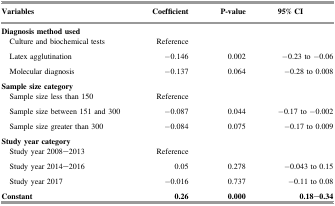
| Variables | Coefficient | P-value | 95% CI |
 | --- | --- | --- | --- |
 | <COLSPAN=4> Diagnosis method used |
 | Culture and biochemical tests | Reference |  |  |
 | Latex agglutination | −0.146 | 0.002 | −0.23 to −0.06 |
 | Molecular diagnosis | −0.137 | 0.064 | −0.28 to 0.008 |
 | <COLSPAN=4> Sample size category |
 | Sample size less than 150 | Reference |  |  |
 | Sample size between 151 and 300 | −0.087 | 0.044 | −0.17 to −0.002 |
 | Sample size greater than 300 | −0.084 | 0.075 | −0.17 to 0.009 |
 | <COLSPAN=4> Study year category |
 | Study year 2008–2013 | Reference |  |  |
 | Study year 2014–2016 | 0.05 | 0.278 | −0.043 to 0.15 |
 | Study year 2017 | −0.016 | 0.737 | −0.11 to 0.08 |
 | Constant | 0.26 | 0.000 | 0.18–0.34 |